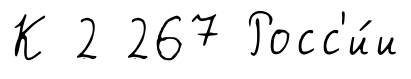
К 2 267 Росс'и́и